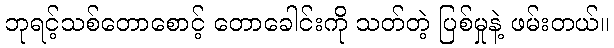
ဘုရင့်သစ်တောစောင့် တောခေါင်းကို သတ်တဲ့ ပြစ်မှုနဲ့ ဖမ်းတယ်။